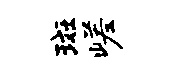
斑嵯